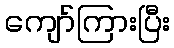
ကျော်ကြားပြီး